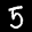
Label: 5